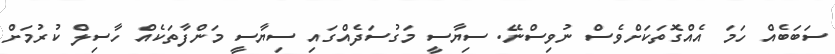
ސަބަބެއް ހަމަ އެއްގޮތަކަށްވެސް ނުވިސްނޭ. ސިޔާސީ މަގުސަދެއްގައި ސިޔާސީ މަންފާތަކެއް ހާސިލް ކުރުމަށް